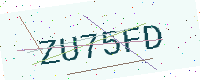
Text: ZU75FD